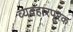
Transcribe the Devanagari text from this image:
व्यवहारपूरक